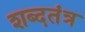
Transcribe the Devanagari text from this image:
शब्दतंत्र